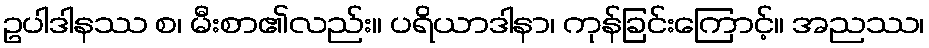
ဥပါဒါနဿ စ၊ မီးစာ၏လည်း။ ပရိယာဒါနာ၊ ကုန်ခြင်းကြောင့်။ အညဿ၊